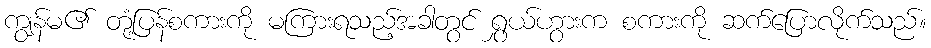
ကျွန်မ၏ တုံ့ပြန်စကားကို မကြားရသည့်အခါတွင် ရွှယ်ဟွားက စကားကို ဆက်ပြောလိုက်သည်။